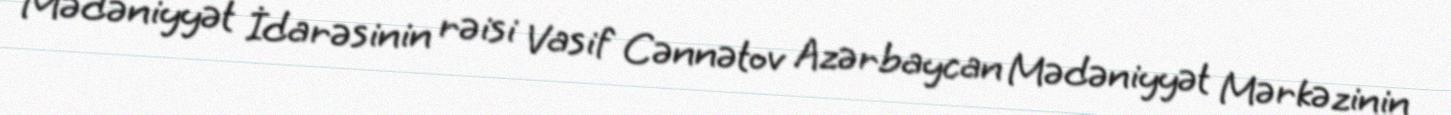
Mədəniyyət İdarəsinin rəisi Vasif Cənnətov Azərbaycan Mədəniyyət Mərkəzinin